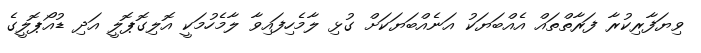
ވިޔަފާރިކުރާ ފަރާތްތައް އެއްބަޔަކު އަނެއްބަޔަކަށް ގުޅި ލާމެހިފައިވާ ލާމެހުމަކީ އޮލިގޮޕޮލީ އަދި ޑުއޯޕޮލީގެ